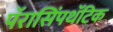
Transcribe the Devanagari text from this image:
पॅरासिंपथॅटिक